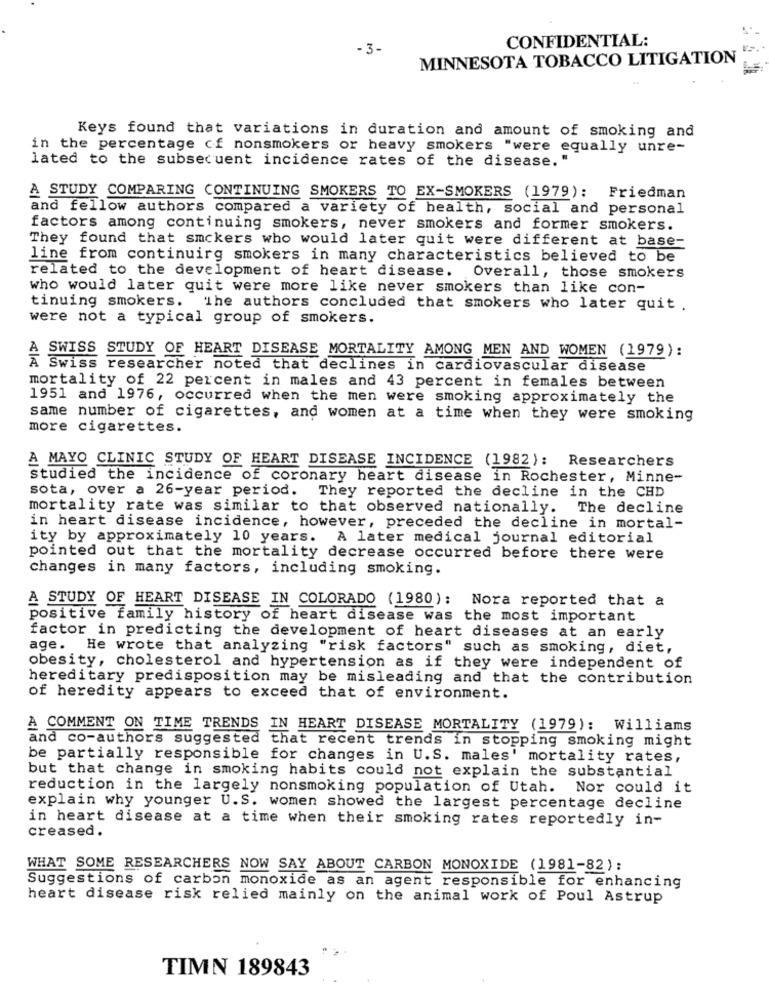
CONFIDENTIAL:
-3-
MINNESOTA TOBACCO LITIGATION
Keys found that variations in duration and amount of smoking and
in the percentage of nonsmokers or heavy smokers "were equally unre-
lated to the subsequent incidence rates of the disease.
A STUDY COMPARING CONTINUING SMOKERS TO EX-SMOKERS (1979): Friedman
and fellow authors compared a variety of health, social and personal
factors among continuing smokers, never smokers and former smokers.
They found that smckers who would later quit were different at base-
line from continuirg smokers in many characteristics believed to be
related to the development of heart disease. Overall, those smokers
who would later quit were more like never smokers than like con-
tinuing smokers.
The authors concluded that smokers who later quit .
were not a typical group of smokers.
A SWISS STUDY OF HEART DISEASE MORTALITY AMONG MEN AND WOMEN (1979):
A Swiss researcher noted that declines in cardiovascular disease
mortality of 22 percent in males and 43 percent in females between
1951 and 1976, occurred when the men were smoking approximately the
same number of cigarettes, and women at a time when they were smoking
more cigarettes.
A MAYO CLINIC STUDY OF HEART DISEASE INCIDENCE (1982): Researchers
studied the incidence of coronary heart disease in Rochester, Minne-
sota, over a 26-year period.
They reported the decline in the CHD
mortality rate was similar to that observed nationally. The decline
in heart disease incidence, however, preceded the decline in mortal-
ity by approximately 10 years.
A later medical journal editorial
pointed out that the mortality decrease occurred before there were
changes in many factors, including smoking.
A STUDY OF HEART DISEASE IN COLORADO (1980): Nora reported that a
positive family history of heart disease was the most important
factor in predicting the development of heart diseases at an early
age. He wrote that analyzing "risk factors" such as smoking, diet,
obesity, cholesterol and hypertension as if they were independent of
hereditary predisposition may be misleading and that the contribution
of heredity appears to exceed that of environment.
A COMMENT ON TIME TRENDS IN HEART DISEASE MORTALITY (1979): Williams
and co-authors suggested that recent trends in stopping smoking might
be partially responsible for changes in U.S. males' mortality rates,
but that change in smoking habits could not explain the substantial
reduction in the largely nonsmoking population of Utah. Nor could it
explain why younger U.S. women showed the largest percentage decline
in heart disease at a time when their smoking rates reportedly in-
creased.
WHAT SOME RESEARCHERS NOW SAY ABOUT CARBON MONOXIDE (1981-82):
Suggestions of carbon monoxide as an agent responsible for enhancing
heart disease risk relied mainly on the animal work of Poul Astrup
TIMN 189843